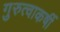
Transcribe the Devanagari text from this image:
गुरुत्वाकर्षी